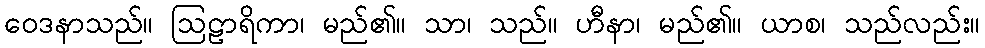
ဝေဒနာသည်။ ဩဠာရိကာ၊ မည်၏။ သာ၊ သည်။ ဟီနာ၊ မည်၏။ ယာစ၊ သည်လည်း။